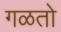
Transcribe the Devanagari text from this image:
गळतो